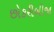
છોકરીબીજા